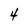
Character: 4